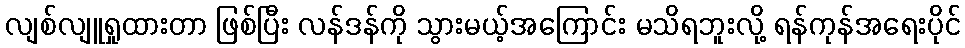
လျစ်လျူရှုထားတာ ဖြစ်ပြီး လန်ဒန်ကို သွားမယ့်အကြောင်း မသိရဘူးလို့ ရန်ကုန်အရေးပိုင်